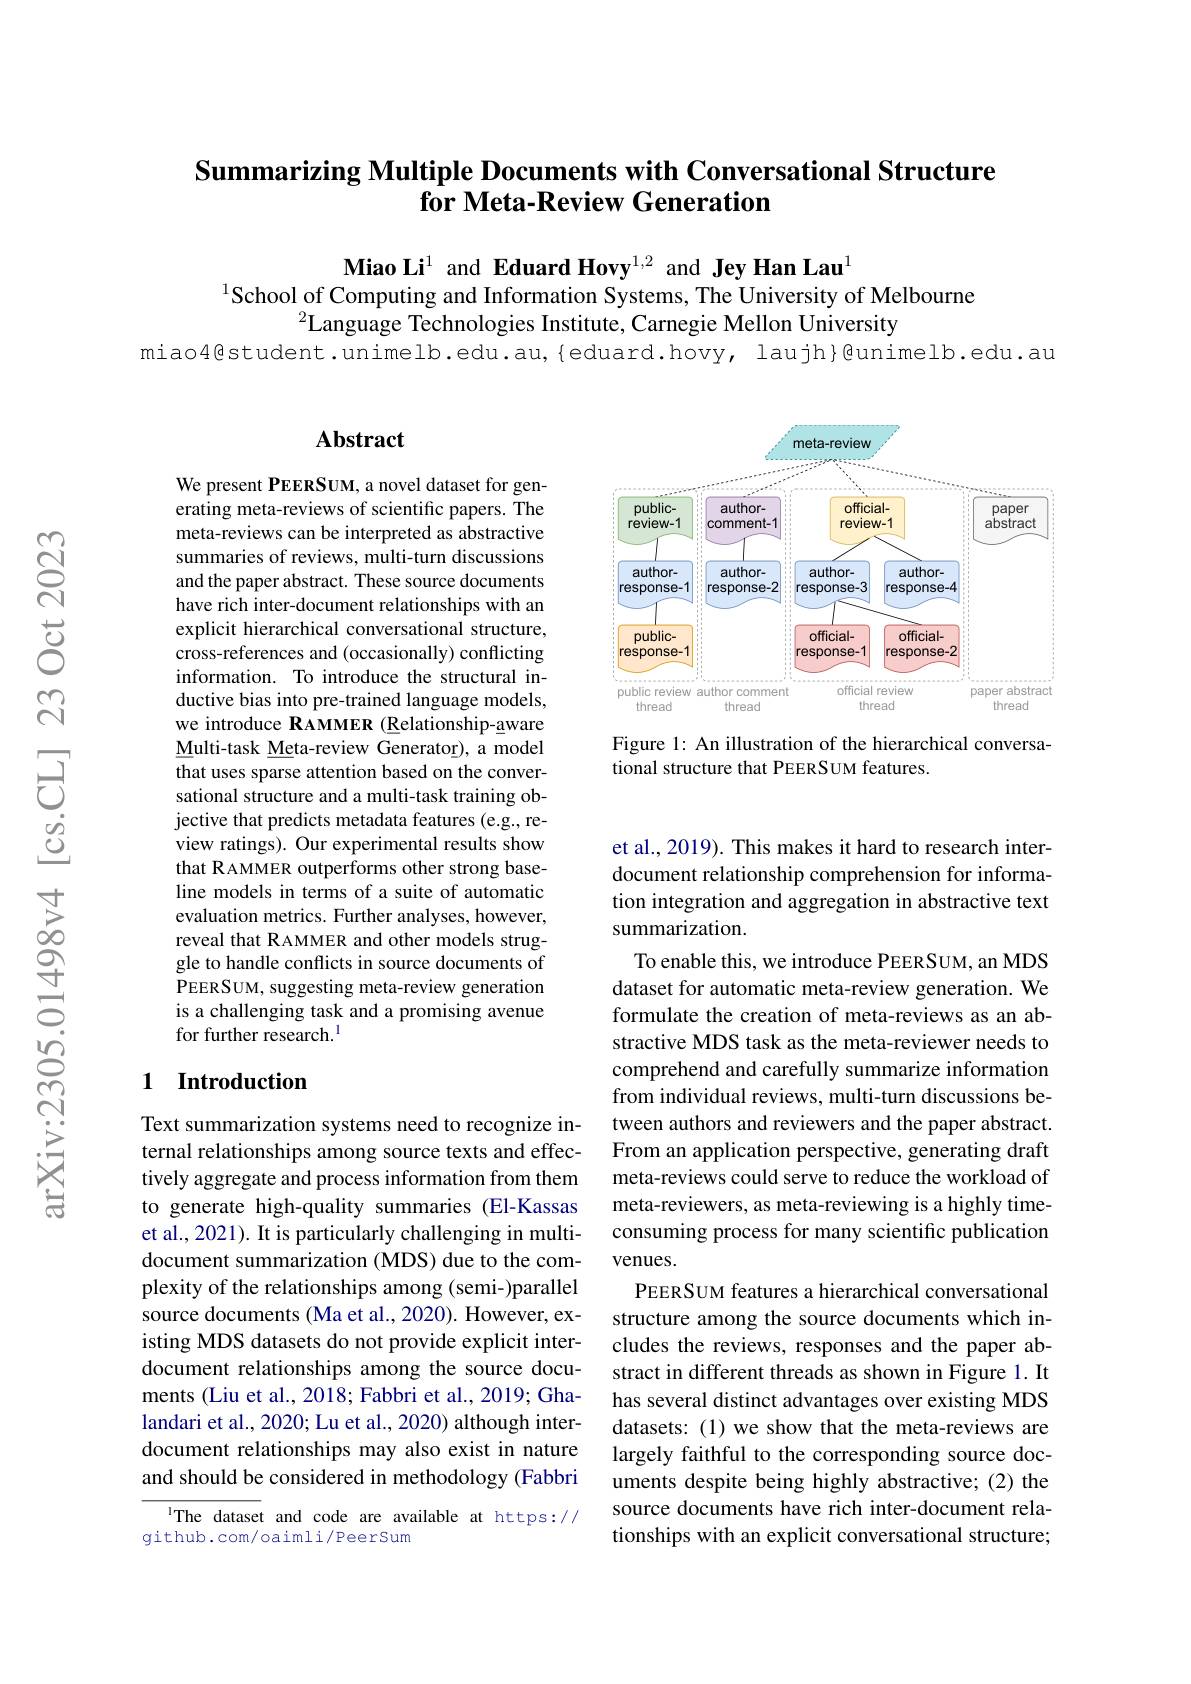
## Summarizing Multiple Documents with Conversational Structure for Meta-Review Generation

Miao Li$^{1}$ and Eduard Hovy$^{1,2}$ and Jey Han Lau$^{1}$
$^{1}$School of Computing and Information Systems, The University of Melbourne
$^2$Language Technologies Institute, Carnegie Mellon University
miao4@student.unimelb.edu.au,{eduard.hovy, laujh}@unimelb.edu.au

## Abstract

<FigureHere>

Figure 1: An illustration of the hierarchical conversa-
tional structure that PEERSUM features.

We present PEERSUM, a novel dataset for generating meta-reviews of scientific papers. The meta-reviews can be interpreted as abstractive summaries of reviews, multi-turn discussions and the paper abstract. These source documents have rich inter-document relationships with an explicit hierarchical conversational structure, cross-references and (occasionally) conflicting information. To introduce the structural inductive bias into pre-trained language models, we introduce RAMMER (Relationship-aware Multi-task Meta-review Generator), a model that uses sparse attention based on the conversational structure and a multi-task training objective that predicts metadata features (e.g., review ratings). Our experimental results show that R AMMER outperforms other strong baseline models in terms of a suite of automatic evaluation metrics. Further analyses, however, reveal that RAMMER and other models struggle to handle conflicts in source documents of PEERSUM, suggesting meta-review generation is a challenging task and a promising avenue for further research.$^{1}$

## 1 Introduction

et al., 2019). This makes it hard to research interdocument relationship comprehension for information integration and aggregation in abstractive text summarization.
To enable this, we introduce PEERSUM, an MDS dataset for automatic meta-review generation. We formulate the creation of meta-reviews as an abstractive MDS task as the meta-reviewer needs to comprehend and carefully summarize information from individual reviews, multi-turn discussions between authors and reviewers and the paper abstract. From an application perspective, generating draft meta-reviews could serve to reduce the workload of meta-reviewers, as meta-reviewing is a highly timeconsuming process for many scientific publication venues.
PEERSUM features a hierarchical conversational structure among the source documents which includes the reviews, responses and the paper abstract in different threads as shown in Figure 1. It has several distinct advantages over existing MDS datasets: (1) we show that the meta-reviews are largely faithful to the corresponding source documents despite being highly abstractive; (2) the source documents have rich inter-document relationships with an explicit conversational structure;

Text summarization systems need to recognize internal relationships among source texts and effectively aggregate and process information from them to generate high-quality summaries (El-Kassas et al., 2021). It is particularly challenging in multidocument summarization (MDS) due to the complexity of the relationships among (semi-)parallel source documents (Ma et al., 2020). However, existing MDS datasets do not provide explicit interdocument relationships among the source documents (Liu et al., 2018; Fabbri et al., 2019; Ghalandari et al., 2020; Lu et al., 2020) although interdocument relationships may also exist in nature and should be considered in methodology (Fabbri

IThe dataset and code are available at https://
github.com/oaimli/PeerSum